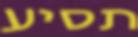
תסיע